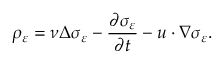
\rho _ { \varepsilon } = \nu \Delta \sigma _ { \varepsilon } - \frac { \partial \sigma _ { \varepsilon } } { \partial t } - u \cdot \nabla \sigma _ { \varepsilon } .